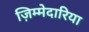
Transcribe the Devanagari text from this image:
ज़िम्मेदारिया